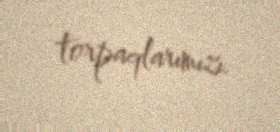
torpaqlarımızı.